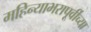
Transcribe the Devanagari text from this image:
महिन्याभरापूर्वीच्या